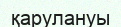
қарулануы